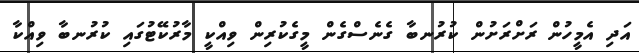
އަދި އެމީހުން ރަށްރަށުން ކުރުނބާ ގެނެސްގެން މީގެކުރިން ވިއްކީ މާރުކޭޓުގައި ކުރުނބާ ވިއްކާ